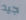
جيد